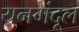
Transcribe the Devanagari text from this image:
यनगंदूल